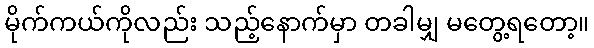
မိုက်ကယ်ကိုလည်း သည့်နောက်မှာ တခါမျှ မတွေ့ရတော့။